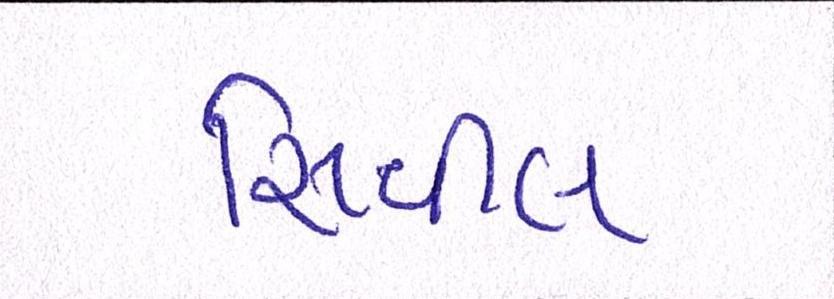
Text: સિવીલ